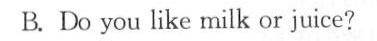
B.Do you like milk or juice?